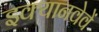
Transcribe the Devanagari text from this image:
इक्यानवेवें